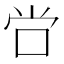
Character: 𫩠